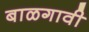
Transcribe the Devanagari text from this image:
बाळगावी